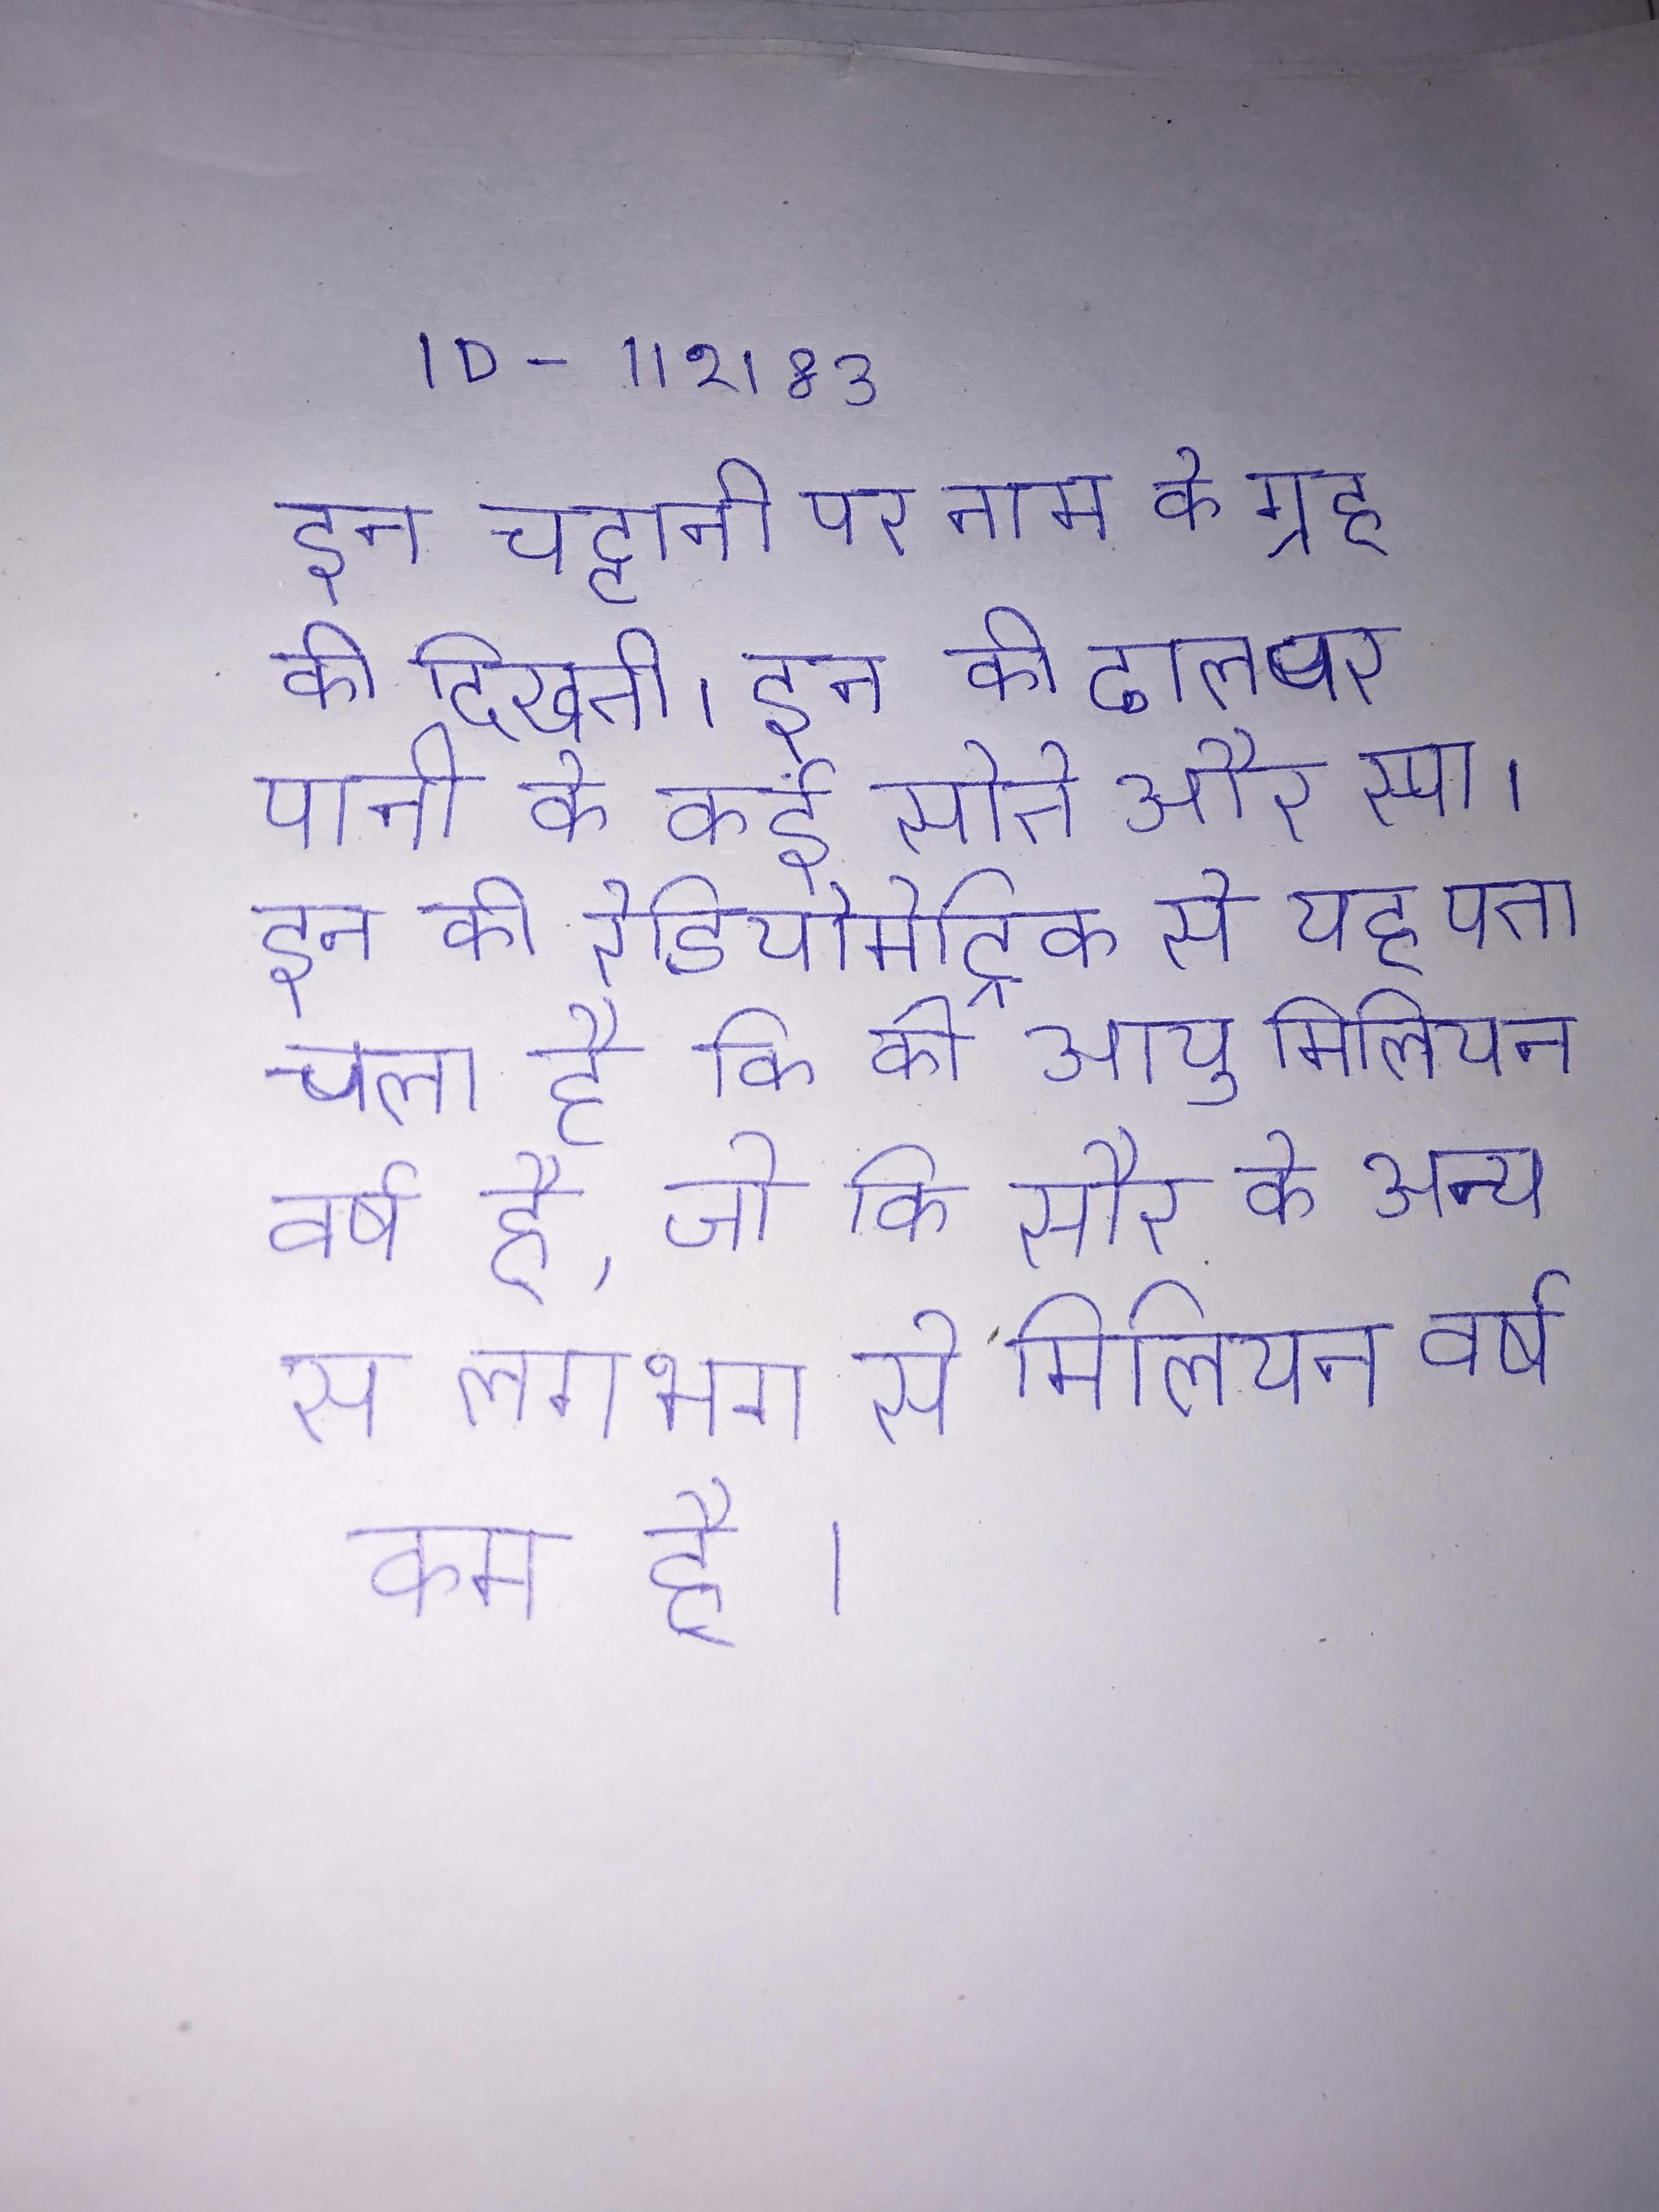
इन चट्टानी पर नाम के ग्रह की दिखती । इन की ढाल पर पानी के कई सोते और स्पा । इन की रेडियोमेट्रिक से यह पता चला है कि की आयु मिलियन वर्ष है, जो कि सौर के अन्य से लगभग से मिलियन वर्ष कम है ।